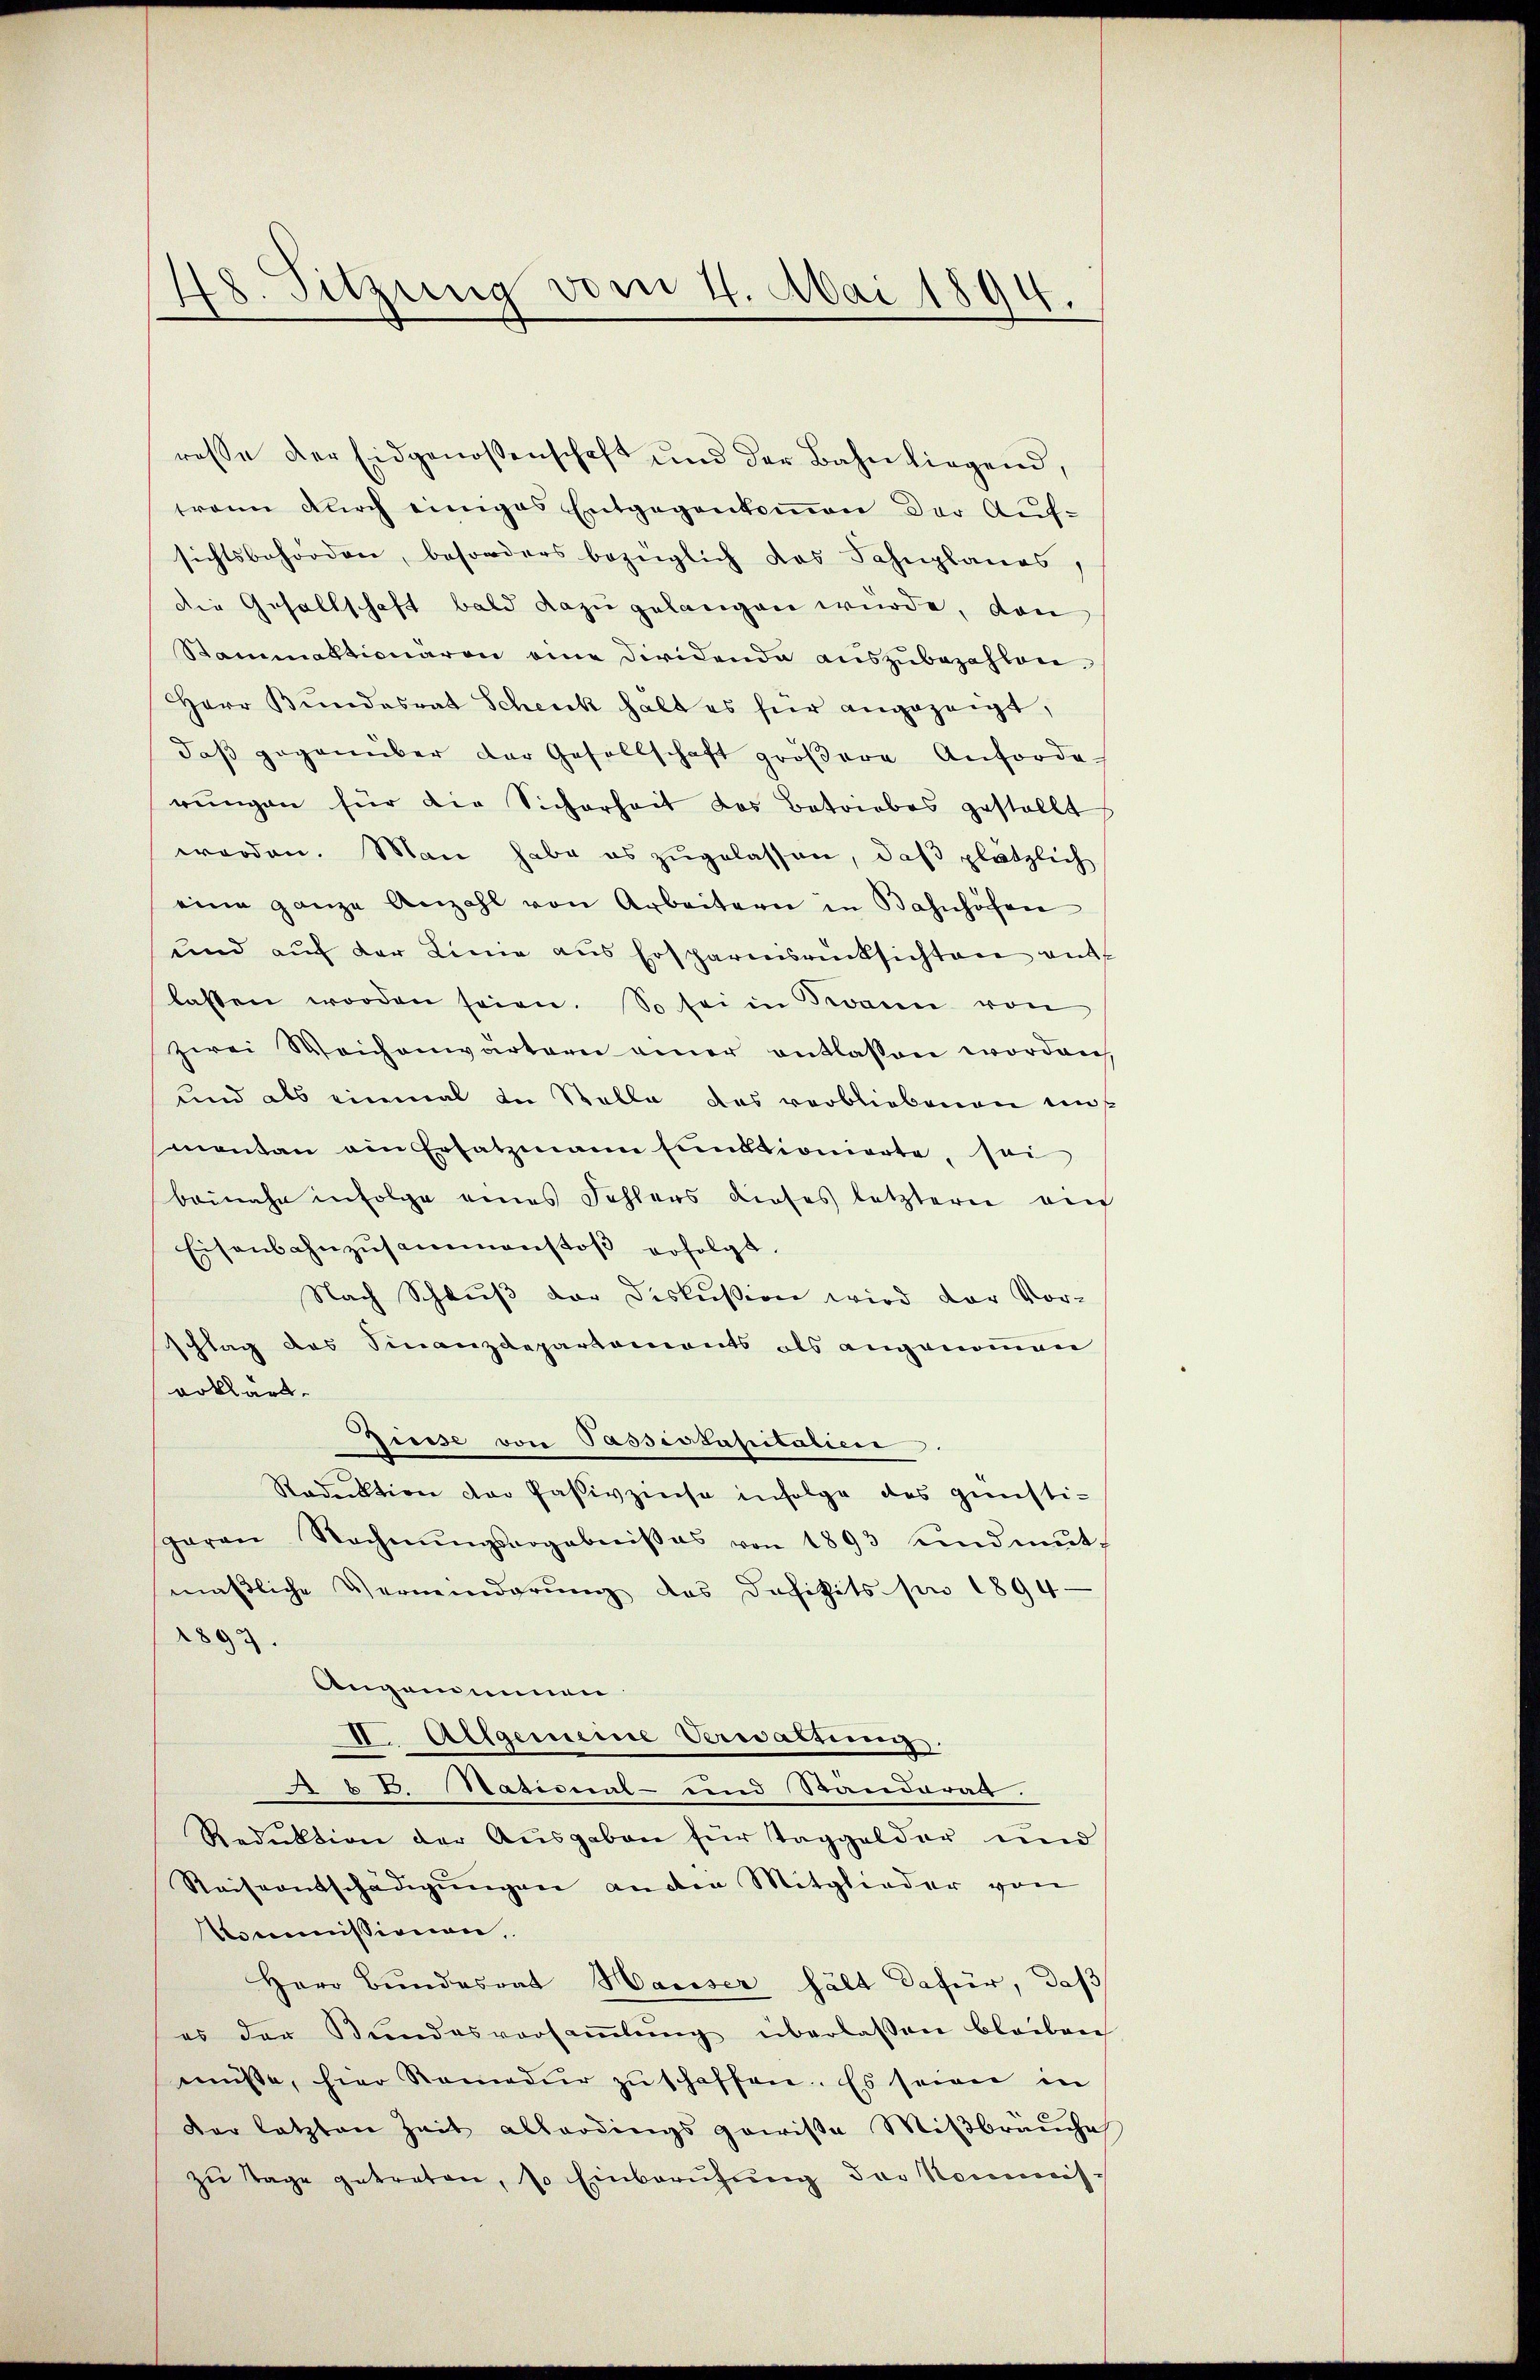
48. Sitzung vom 4. Mai 1894.

rasse der Eidgenossenschaft und der Bahn liegend,
trann durch einiges Entgegenkoṁen der Auf-
sichtsbehörden, besonders bezüglich das Fahnplanes,
die Gesellschaft bald dazu gelangen wurde, den
Stammationären eine Diridende aŭszŭbezahlen.
Herr Bundesrat Scheck halt es für angezeigt,
daβ gegenüber der Gesellschaft gröβere Anforde-
rungen für die Sicherheit des Betriebes gestellt
worden. Man habe es zugelassen, daß plätzlich
eine ganze Anzahl von Arbeitern in Bahnhöhen
und auf der Linie aus Ersparensrücksichten entf
lassen worden seien. So sei in Twann von
zwei Weichenwärtern einer entlassen worden,
und als einmal in Stelle das verbliebenen uns
montan ain Ersatzmann Einktionierte, sei
beinahe infolge eines Fehlers dieses letztern au
Eisenbahnzŭsammenstoβ erfolgt.
Nach Schlŭβ der Diskussion wird der Vor-
schlag des Finanzdepartements als angenommen
erklärt.
Zinse von Passissasitatien
Reduktion der Passivzinse infolge des günsti-
garrn Rechnŭngsergebniβas von 1893 und mŭt-
maßliche Verminderung des Defizits pro 1894
1897
Angandinnen
II. Allgemeine Verwaltung.
 67. Basismmt- und Ständerat.
Reduktion der Ausgaben für Taggelder und
Reiseentschädigŭngen an die Mitglieder von
Kommissionen,
Herr Bundesrat Hauser hält dafür, daß
es der Bŭndesversaṁlŭng überlassen bleiben
müsse, hier Remedur zŭschaffen. Es seien in
Der letzten Zeit allerdings gewisse Mißbräuche
zŭ Tage getreten, so Einberŭhŭng der Nommis-